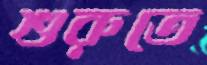
শুরুতে